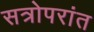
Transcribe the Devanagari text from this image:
सत्रोपरांत